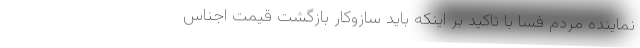
نماینده مردم فسا با تاکید بر اینکه باید سازوکار بازگشت قیمت اجناس